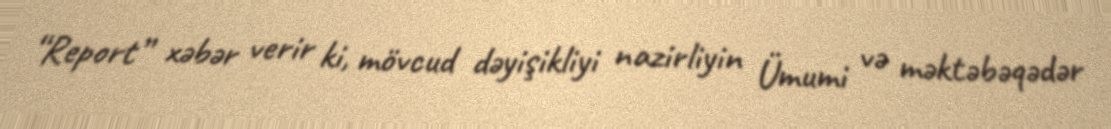
“Report” xəbər verir ki, mövcud dəyişikliyi nazirliyin Ümumi və məktəbəqədər